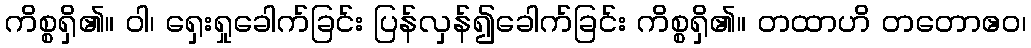
ကိစ္စရှိ၏။ ဝါ၊ ရှေးရှုခေါက်ခြင်း ပြန်လှန်၍ခေါက်ခြင်း ကိစ္စရှိ၏။ တထာဟိ တတောဧဝ၊